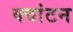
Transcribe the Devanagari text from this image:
क्वांटन